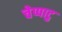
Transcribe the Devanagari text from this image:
चेप्पाटु